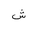
Letter: _shin